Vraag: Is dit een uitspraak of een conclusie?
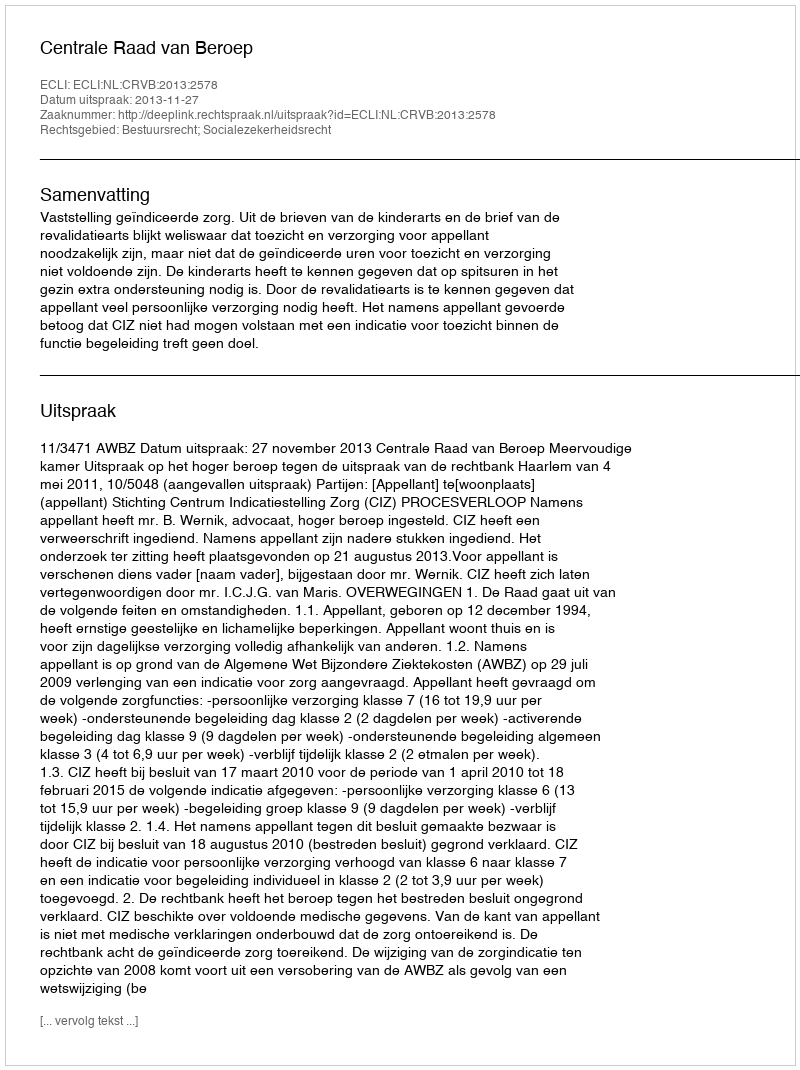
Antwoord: Uitspraak